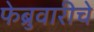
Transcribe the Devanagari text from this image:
फेब्रुवारीचे